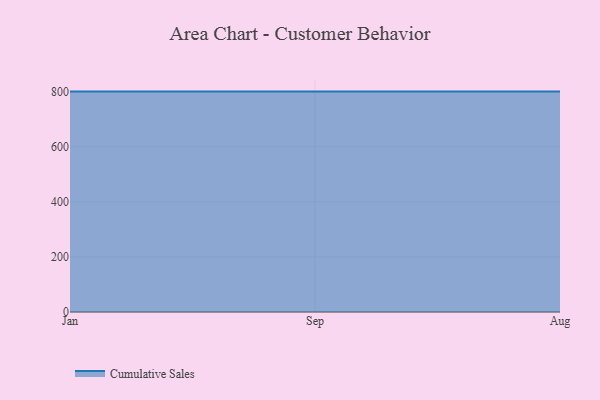
{"axis": {"x": "Month", "y": "Active Users"}, "legend": ["Cumulative Sales"], "data": [{"x": "Jan", "y": 800, "type": "Cumulative Sales"}, {"x": "Sep", "y": 800, "type": "Cumulative Sales"}, {"x": "Aug", "y": 800, "type": "Cumulative Sales"}]}